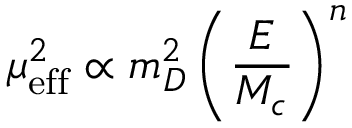
\mu _ { \mathrm { e f f } } ^ { 2 } \propto m _ { D } ^ { 2 } \left( \frac { E } { M _ { c } } \right) ^ { n }